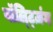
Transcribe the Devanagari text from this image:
वॉल्ट्ज़िंग